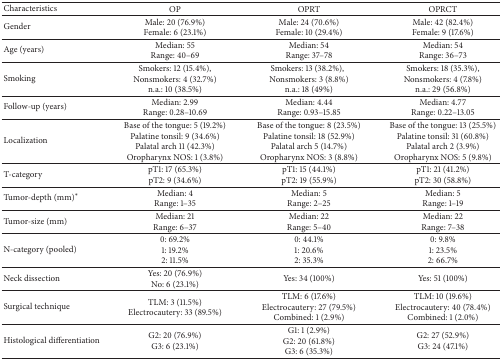
<table><thead><tr><td><b>Characteristics</b></td><td><b>OP</b></td><td><b>OPRT</b></td><td><b>OPRCT</b></td></tr></thead><tbody><tr><td>Gender</td><td>Male: 20 (76.9%) Female: 6 (23.1%)</td><td>Male: 24 (70.6%) Female: 10 (29.4%)</td><td>Male: 42 (82.4%) Female: 9 (17.6%)</td></tr><tr><td>Age (years)</td><td>Median: 55 Range: 40–69</td><td>Median: 54 Range: 37–78</td><td>Median: 54 Range: 36–73</td></tr><tr><td>Smoking</td><td>Smokers: 12 (15.4%), Nonsmokers: 4 (32.7%) n.a.: 10 (38.5%)</td><td>Smokers: 13 (38.2%),Nonsmokers: 3 (8.8%) n.a.: 18 (49%)</td><td>Smokers: 18 (35.3%), Nonsmokers: 4 (7.8%) n.a.: 29 (56.8%)</td></tr><tr><td>Follow-up (years)</td><td>Median: 2.99 Range: 0.28–10.69</td><td>Median: 4.44 Range: 0.93–15.85</td><td>Median: 4.77 Range: 0.22–13.05</td></tr><tr><td>Localization</td><td>Base of the tongue: 5 (19.2%) Palatine tonsil: 9 (34.6%) Palatal arch 11 (42.3%) Oropharynx NOS: 1 (3.8%)</td><td>Base of the tongue: 8 (23.5%) Palatine tonsil: 18 (52.9%) Palatal arch 5 (14.7%) Oropharynx NOS: 3 (8.8%)</td><td>Base of the tongue: 13 (25.5%) Palatine tonsil: 31 (60.8%) Palatal arch 2 (3.9%) Oropharynx NOS: 5 (9.8%)</td></tr><tr><td>T-category</td><td>pT1: 17 (65.3%) pT2: 9 (34.6%)</td><td>pT1: 15 (44.1%)pT2: 19 (55.9%)</td><td>pT1: 21 (41.2%) pT2: 30 (58.8%)</td></tr><tr><td>Tumor-depth (mm)*</td><td>Median: 4 Range: 1–35</td><td>Median: 5Range: 2–25</td><td>Median: 5 Range: 1–19</td></tr><tr><td>Tumor-size (mm)</td><td>Median: 21 Range: 6–37</td><td>Median: 22Range: 5–40</td><td>Median: 22 Range: 7–38</td></tr><tr><td>N-category (pooled)</td><td>0: 69.2% 1: 19.2% 2: 11.5%</td><td>0: 44.1% 1: 20.6% 2: 35.3%</td><td>0: 9.8% 1: 23.5% 2: 66.7%</td></tr><tr><td>Neck dissection</td><td>Yes: 20 (76.9%) No: 6 (23.1%)</td><td>Yes: 34 (100%)</td><td>Yes: 51 (100%)</td></tr><tr><td>Surgical technique</td><td>TLM: 3 (11.5%) Electrocautery: 33 (89.5%)</td><td>TLM: 6 (17.6%) Electrocautery: 27 (79.5%) Combined: 1 (2.9%)</td><td>TLM: 10 (19.6%) Electrocautery: 40 (78.4%) Combined: 1 (2.0%)</td></tr><tr><td>Histological differentiation</td><td>G2: 20 (76.9%) G3: 6 (23.1%)</td><td>G1: 1 (2.9%) G2: 20 (61.8%) G3: 6 (35.3%)</td><td>G2: 27 (52.9%) G3: 24 (47.1%)</td></tr></tbody></table>